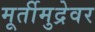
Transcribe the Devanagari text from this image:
मूर्तीमुद्रेवर